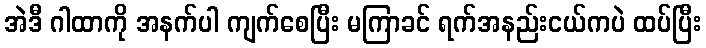
အဲဒီ ဂါထာကို အနက်ပါ ကျက်စေပြီး မကြာခင် ရက်အနည်းငယ်ကပဲ ထပ်ပြီး